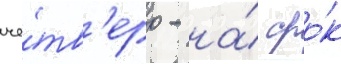
че́тв'еро - на́ сро́к